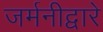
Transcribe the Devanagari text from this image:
जर्मनीद्वारे